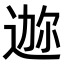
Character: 𫐪